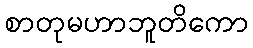
စာတုမဟာဘူတိကော